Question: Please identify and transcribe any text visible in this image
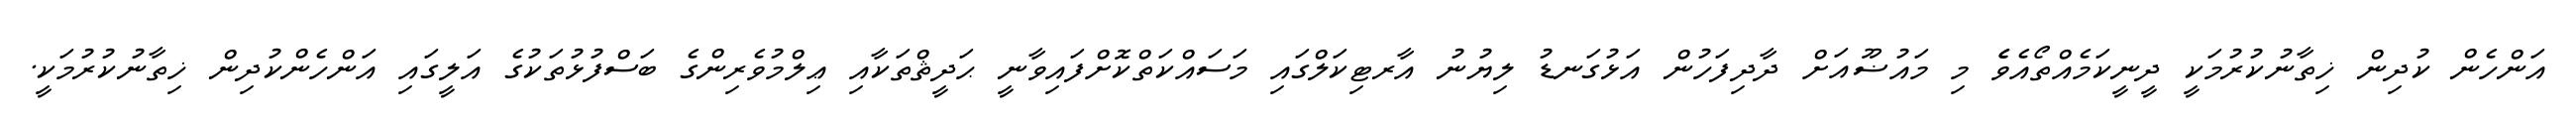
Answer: އަންހެން ކުދިން ޚިތާނުކުރުމަކީ ދީނީކަމެއްތޯއެވެެ މި މައުޟޫއަށް ދާދިފަހުން އަޅުގަނޑު ލިޔުނު އާރޓިކަލްގައި މަސައްކަތްކޮށްފައިވާނީ ޙަދީޘްތަކާއި ޢިލްމުވެރިންގެ ބަސްފުޅުތަކުގެ އަލީގައި އަންހެންކުދިން ޚިތާނުކުރުމަކީ.